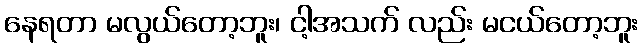
နေရတာ မလွယ်တော့ဘူး၊ ငါ့အသက် လည်း မငယ်တော့ဘူး